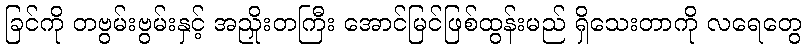
ခြင်ကို တဗွမ်းဗွမ်းနှင့် အညှိုးတကြီး အောင်မြင်ဖြစ်ထွန်းမည် ရှိသေးတာကို လရေတွေ